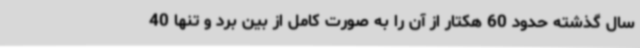
سال گذشته حدود 60 هکتار از آن را به صورت کامل از بین برد و تنها 40